Scottish Leaving Certificate Examination, 1960
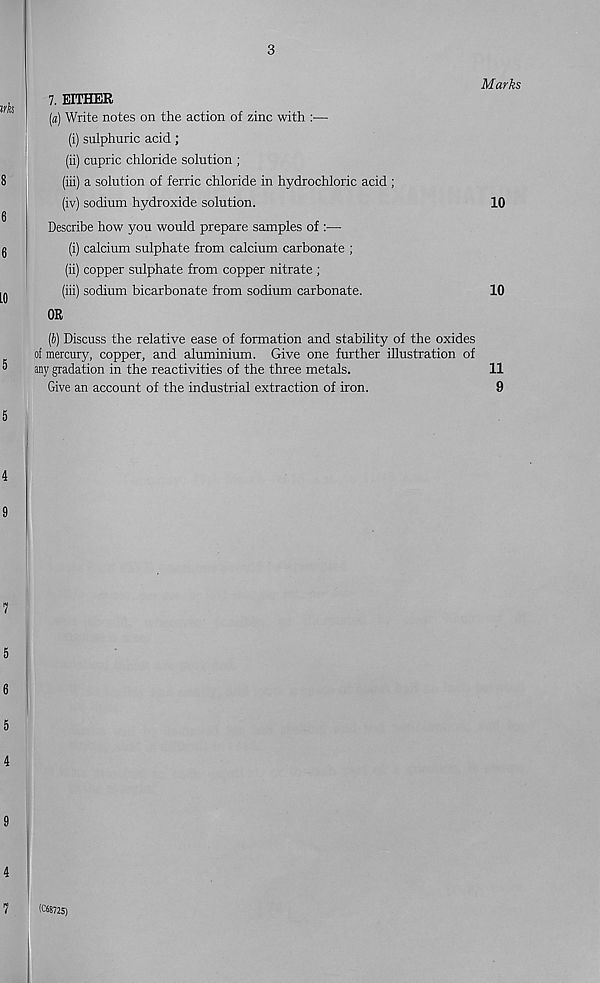
3
Marks
7. EITHER
[a) Write notes on the action of zinc with :—
(i) sulphuric acid;
(ii) cupric chloride solution ;
(iii) a solution of ferric chloride in hydrochloric acid ;
(iv) sodium hydroxide solution.
10
Describe how you would prepare samples of :—
(i) calcium sulphate from calcium carbonate ;
(ii) copper sulphate from copper nitrate ;
(iii) sodium bicarbonate from sodium carbonate.
10
OR
(&) Discuss the relative ease of formation and stability of the oxides
of mercury, copper, and aluminium. Give one further illustration of
any gradation in the reactivities of the three metals.
11
Give an account of the industrial extraction of iron.
9
(C68725)